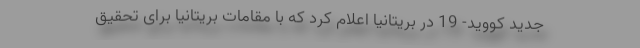
جدید کووید- 19 در بریتانیا اعلام کرد که با مقامات بریتانیا برای تحقیق